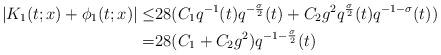
LaTeX: \begin{align*} |K_1(t;x)+\phi_1(t;x)|\leq&28(C_1q^{-1}(t)q^{-\frac{\sigma}{2}}(t)+C_2g^2q^{\frac{\sigma}{2}}(t)q^{-1-\sigma}(t))\\=&28(C_1+C_2g^2)q^{-1-\frac{\sigma}{2}}(t)\end{align*}